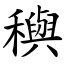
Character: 穥